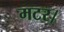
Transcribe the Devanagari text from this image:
मटर।